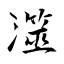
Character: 澨